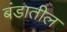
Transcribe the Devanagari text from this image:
बंडातील